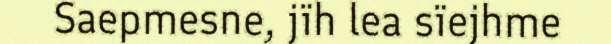
Saepmesne, jïh lea sïejhme